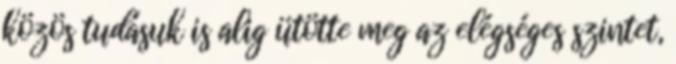
közös tudásuk is alig ütötte meg az elégséges szintet,